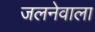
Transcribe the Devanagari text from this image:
जलनेवाला